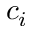
c _ { i }